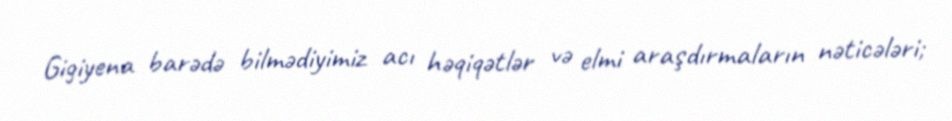
Gigiyena barədə bilmədiyimiz acı həqiqətlər və elmi araşdırmaların nəticələri;